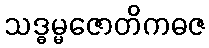
သဒ္ဓမ္မဇောတိကဓဇ